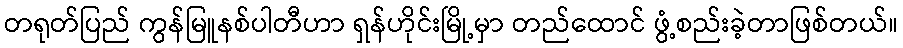
တရုတ်ပြည် ကွန်မြူနစ်ပါတီဟာ ရှန်ဟိုင်းမြို့မှာ တည်ထောင် ဖွံ့စည်းခဲ့တာဖြစ်တယ်။